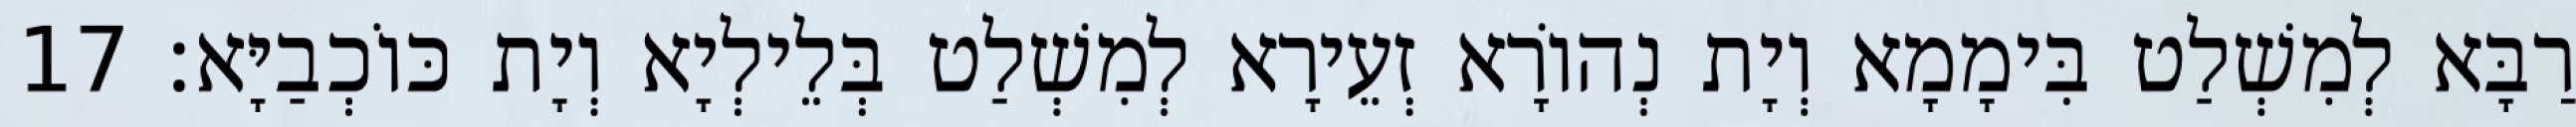
רַבָּא לְמִשְׁלַט בִּימָמָא וְיָת נְהוֹרָא זְעֵירָא לְמִשְׁלַט בְּלֵילְיָא וְיָת כּוֹכְבַיָּא׃ 17